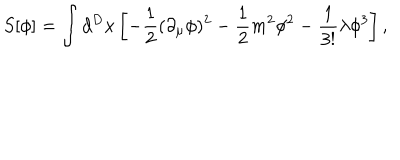
LaTeX: S [ \phi ] = \int d ^ { D } x \left[ - { \frac { 1 } { 2 } } ( \partial _ { \mu } \phi ) ^ { 2 } - { \frac { 1 } { 2 } } m ^ { 2 } \phi ^ { 2 } - { \frac { 1 } { 3 ! } } \lambda \phi ^ { 3 } \right] ,